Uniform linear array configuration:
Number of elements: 16
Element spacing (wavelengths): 0.5
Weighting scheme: exponential
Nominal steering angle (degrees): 60
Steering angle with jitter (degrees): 58.419
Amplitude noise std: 0.05
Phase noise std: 0.05

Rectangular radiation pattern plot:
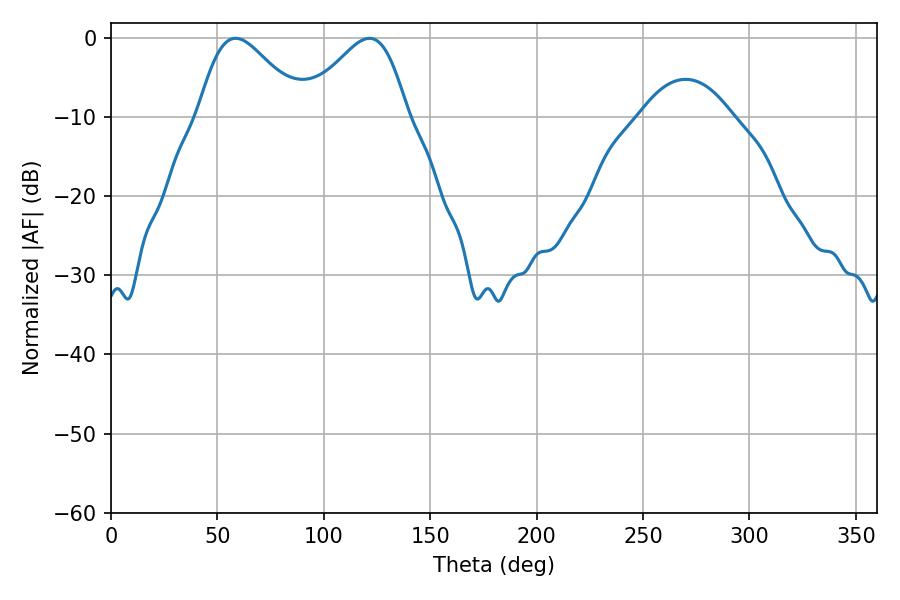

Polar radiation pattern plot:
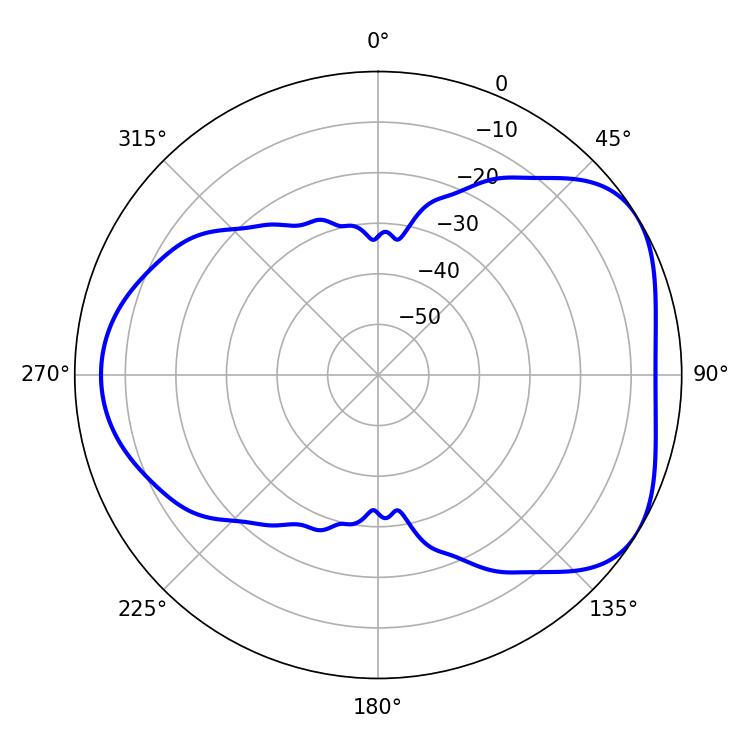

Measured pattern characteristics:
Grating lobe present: FALSE
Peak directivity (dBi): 4.667
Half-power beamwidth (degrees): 25.74
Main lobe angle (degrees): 58.5